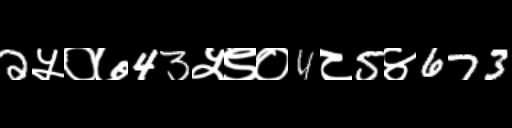
Text: 2५०७43५९०4८5४673